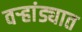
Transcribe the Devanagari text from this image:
वऱ्हांड्यात